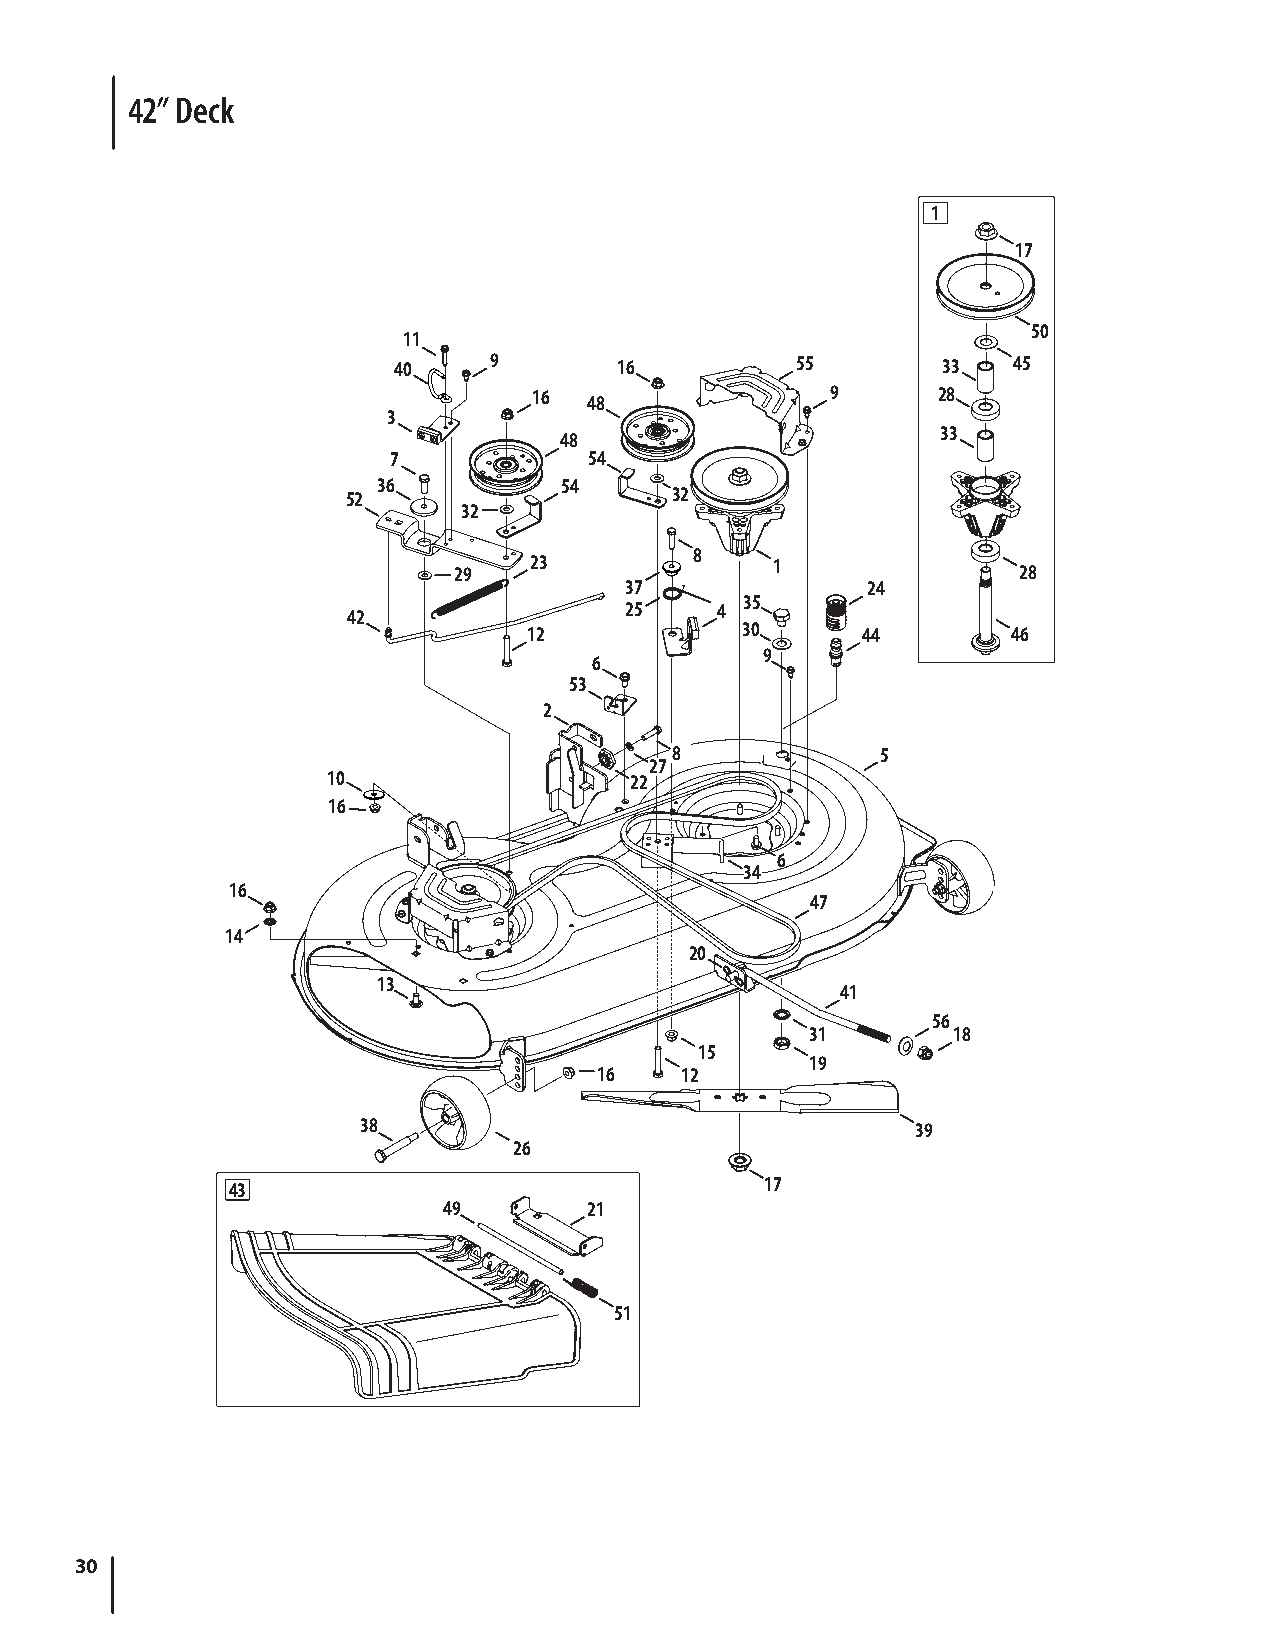
42” Deck
 1
 17
 50
 11
 40    9        16          55       33   45
 16                  9      28
 48
 3
 33
 48
 7            54
 36          54
 52                   32
 32
 8
 29   23              1               28
 37              24
 35
 42                25    4
 12            30      44        46
 9
 6
 53
 2
 8             5
 27
 10                  22
 16
 6
 34
 16
 47
 14
 20
 13
 41
 56
 31       18
 15
 19
 16   12
 38                                   39
 26
 43                                  17
 49        21
 51
 30